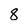
Character: 8